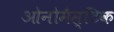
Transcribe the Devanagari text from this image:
ओनोमैस्टिक